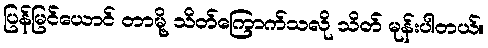
ပြန်မြင်ယောင် တာမို့ သိတ်ကြောက်သလို သိတ် မုန်းပါတယ်။